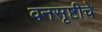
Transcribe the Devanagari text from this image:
वनसृष्टीचे